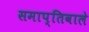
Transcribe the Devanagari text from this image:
समाप्तिवाले